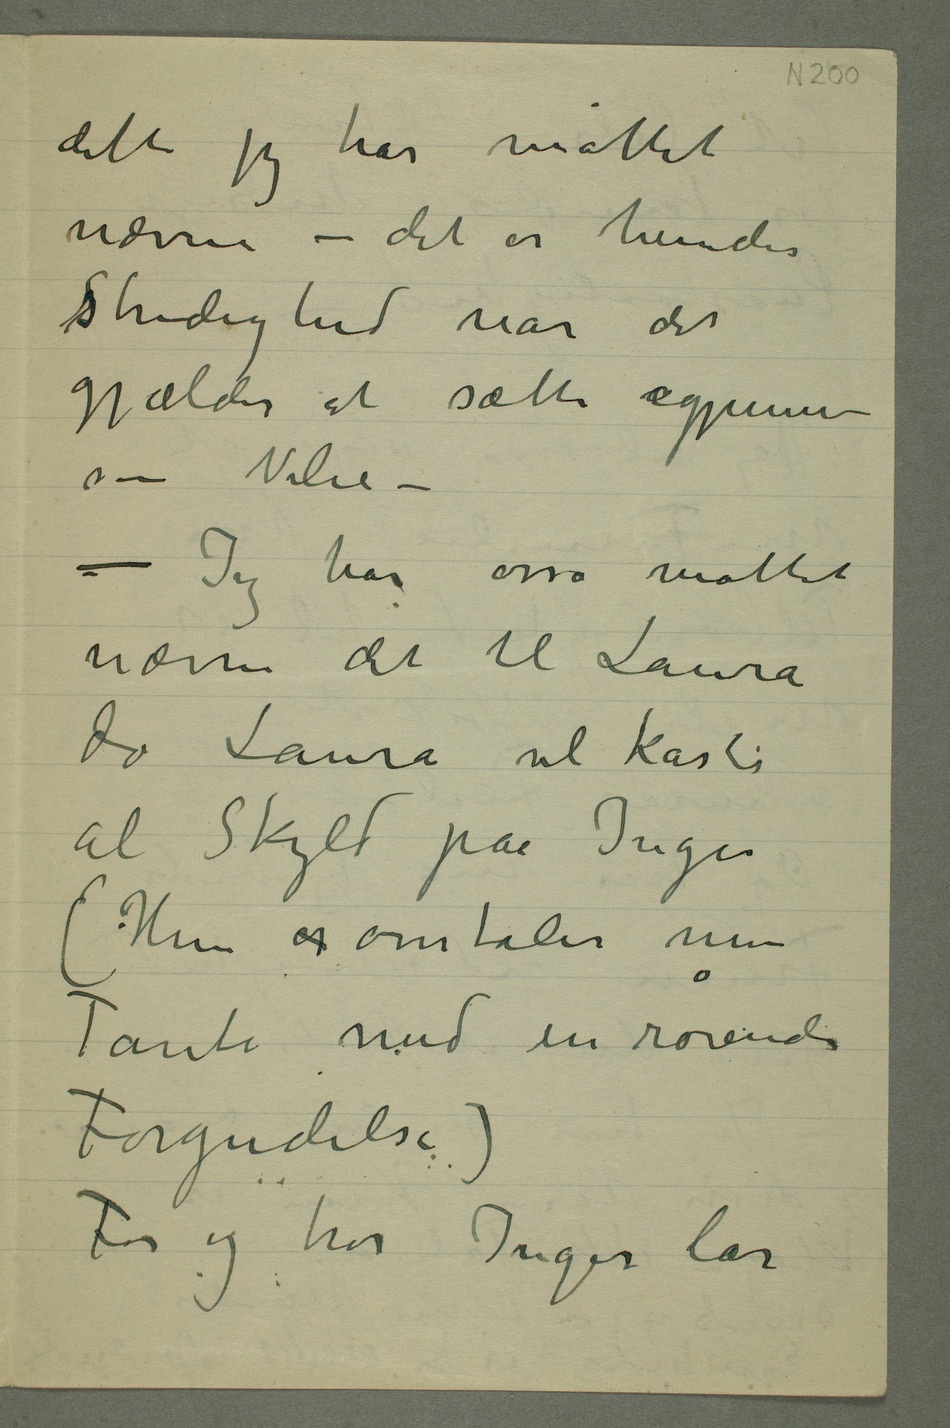
dette jeg har måttet
nævne – det er hendes
sStridighed når det
gjælder at sætte igjennem
sin Vilie –
– Jeg har osså måttet
nævne det til Laura
da Laura vil kaste
al Skyld paa Inger
(Hun er omtaler min
Tante med en rørende
Forgudelse)
For jeg tror Inger lar